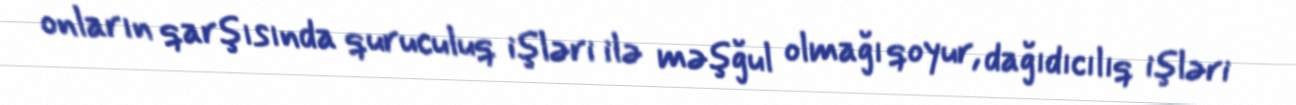
onların qarşısında quruculuq işləri ilə məşğul olmağı qoyur, dağıdıcılıq işləri